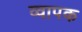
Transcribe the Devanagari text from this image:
व्वापक